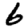
Digit: 6